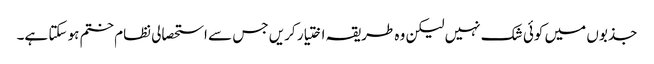
جذبوں میں کوئی شک نہیں لیکن وہ طریقہ اختیار کریں جس سے استحصالی نظام ختم ہو سکتا ہے۔